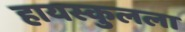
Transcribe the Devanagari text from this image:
हायस्कुलला